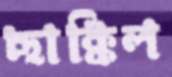
ছাক্কিল